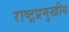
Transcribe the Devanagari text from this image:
राष्ट्रप्रमुखीय